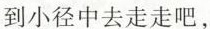
到小径中去走走吧，